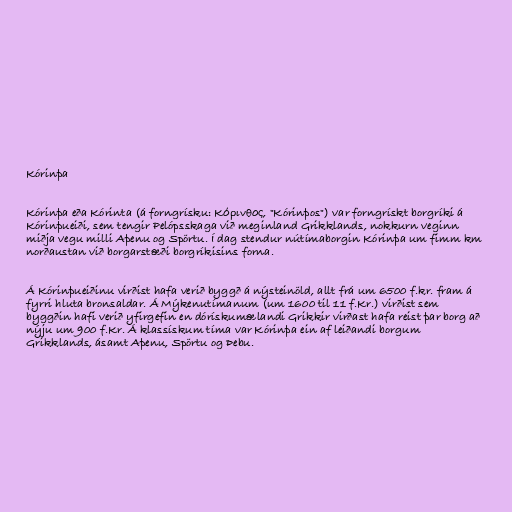
Kórinþa

Kórinþa eða Kórinta (á forngrísku: Κόρινθος, "Kórinþos") var forngrískt borgríki á
Kórinþueiði, sem tengir Pelópsskaga við meginland Grikklands, nokkurn veginn
miðja vegu milli Aþenu og Spörtu. Í dag stendur nútímaborgin Kórinþa um fimm km
norðaustan við borgarstæði borgríkisins forna.

Á Kórinþueiðinu virðist hafa verið byggð á nýsteinöld, allt frá um 6500 f.kr. fram á
fyrri hluta bronsaldar. Á Mýkenutímanum (um 1600 til 11 f.Kr.) virðist sem
byggðin hafi verið yfirgefin en dórískumælandi Grikkir virðast hafa reist þar borg að
nýju um 900 f.Kr. Á klassískum tíma var Kórinþa ein af leiðandi borgum
Grikklands, ásamt Aþenu, Spörtu og Þebu.